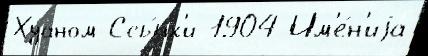
Хуаном Ссы́лк'и 1904 Им'е́н'иjа